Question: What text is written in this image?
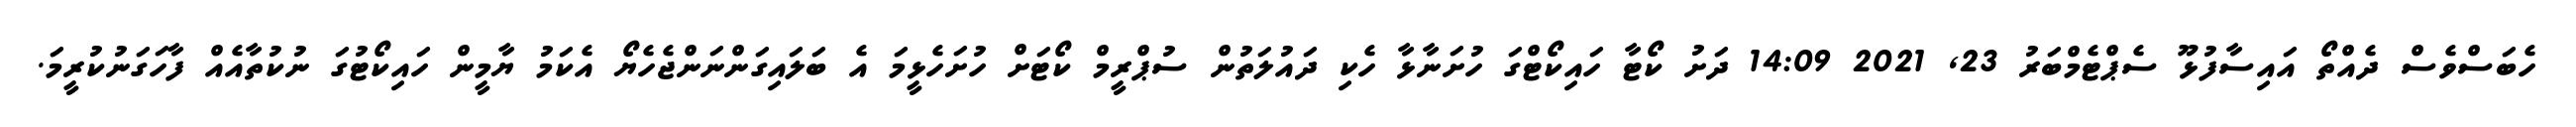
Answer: ހެބަސްވެސް ދެއްތޯ އައިސާފުޅޫ ސެޕްޓެމްބަރު 23, 2021 14:09 ދަށު ކޯޓާ ހައިކޯޓްގަ ހުށަނާޅާ ހެކި ދައުލަތުން ސުޕްރީމް ކޯޓަށް ހުށަހެޅީމަ އެ ބަލައިގަންނަންޖެހެޔޯ އެކަމު ޔާމީން ހައިކޯޓުގަ ނުކުތާއެއް ފާހަގަނުކުރީމަ.